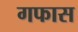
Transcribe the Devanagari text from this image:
गफास